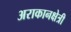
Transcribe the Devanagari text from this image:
अराकानक्षेत्री